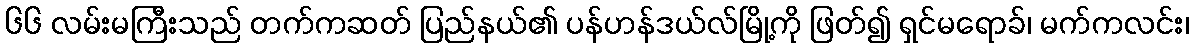
၆၆ လမ်းမကြီးသည် တက်ကဆတ် ပြည်နယ်၏ ပန်ဟန်ဒယ်လ်မြို့ကို ဖြတ်၍ ရှင်မရောခ်၊ မက်ကလင်း၊